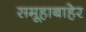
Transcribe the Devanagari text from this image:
समूहाबाहेर